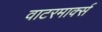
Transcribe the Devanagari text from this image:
वाटरमार्क्स